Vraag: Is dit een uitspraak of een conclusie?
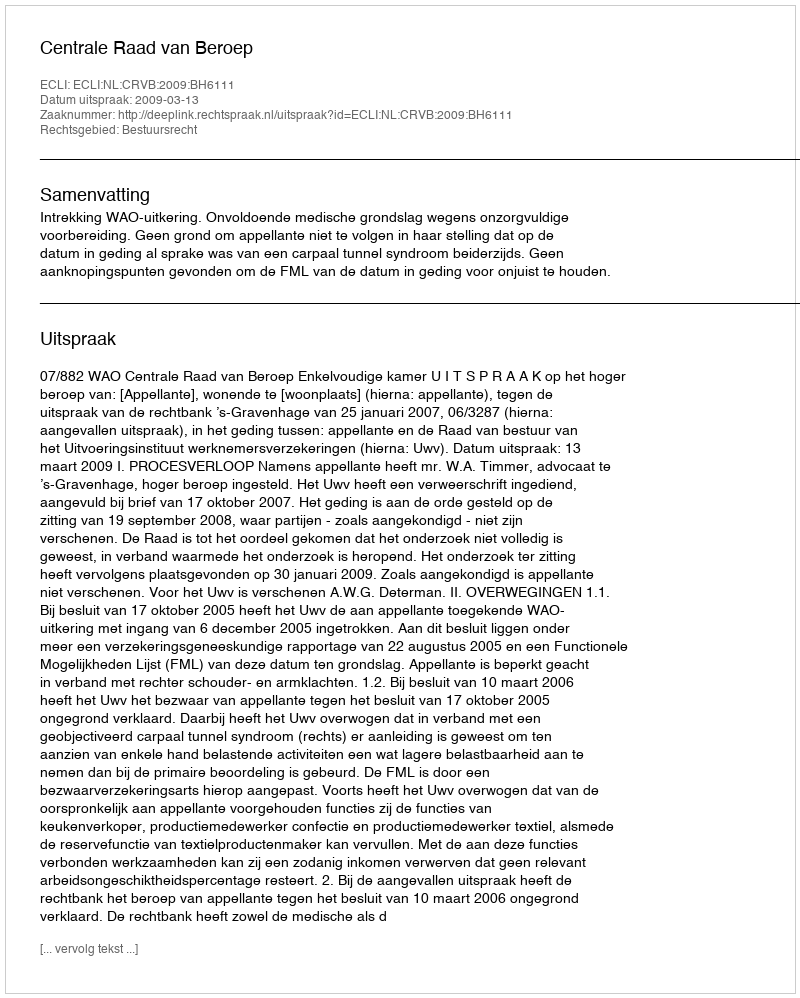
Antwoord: Uitspraak